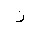
Letter: _zay